Report of the Municipal Commissioner on the plague in Bombay for the year ending 31st May... - Volume 1
Disease focus: Plague
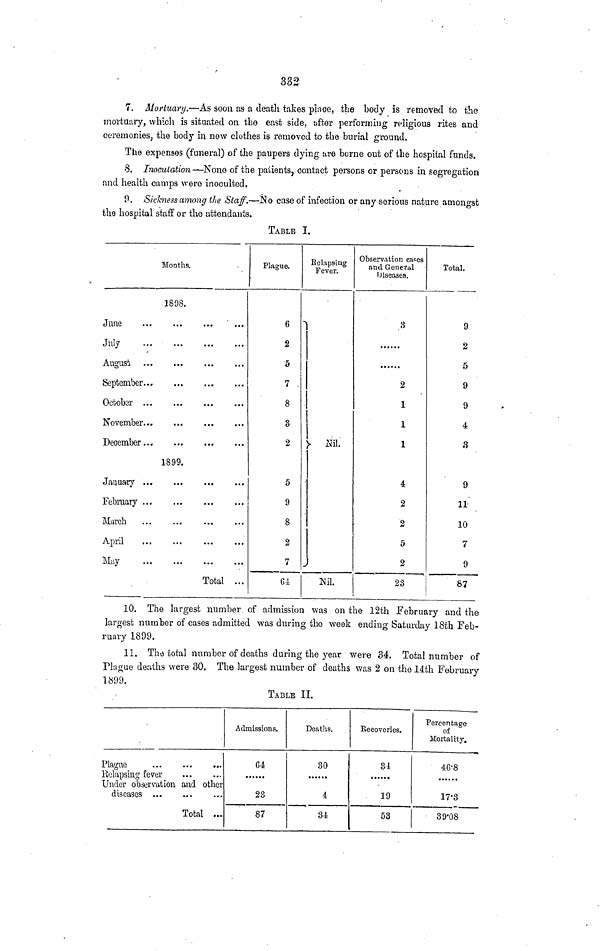
332
7. Mortuary.—As soon as a death takes place, tlie body is removed to the
mortuary, which is situated on the east side, after performing religious rites and
ceremonies, the hody in new clothes is removed to the burial ground.
The expenses (funeral) of the paupers dying Eire borne out of the hospital funds.
8. Inoculation —None of the patients, contact persons or persons in segregation
and health camps were inoculted,
9. Sickness among the Staff.—No case of infection or any serious nature amongst
the hospital staff or the attendants.
TABLE I.
Months.
1898.
June
...
July
August
September
October
November
December...
1899.
January ...
February
March
April
...
May
Total ...
Plague.
6 '
2
5
7
8
3
2
5
9
8
2
7
G4
Be lapsing
Fever.
Nil.
-
Nil.
Observation cases
and Genefiil
Diseases.
8
2
1
1
1
4
2
2
5
2
23
Total.
9
2
5
9
9
4
3
9
11
10
7
9
87
10. The largest number of admission was on the 12th February and the
largest number of cases admitted was during the week ending Saturday 18th Feb-
ruary 1809.
11. The total number of deaths during the year were 34. Total number of
Plague deaths were 30. The largest number of deaths was 2 on the 14th February
1899.
TABLE II.
Plague
Relapsing fever
Under observation and other
diseases ...
Total ...
Admissions.
64
23
87
Deaths.
30
4
34
Recoveries.
34
19
53
Percentage
of
Mortality.
46-8
......
17-3
39-08